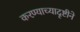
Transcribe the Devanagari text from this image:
करण्याच्यादृष्टीने